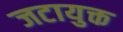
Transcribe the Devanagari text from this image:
जटायुक्त